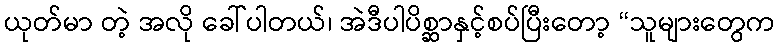
ယုတ်မာ တဲ့ အလို ခေါ်ပါတယ်၊ အဲဒီပါပိစ္ဆာနှင့်စပ်ပြီးတော့ “သူများတွေက